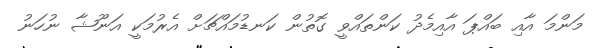
މަންމަ އާއި ބައްޕަ އާއިމެދު ކަންތައްވީ ގޮތުން ކަނޑުމައްޗަށް އެރުމަކީ އަނޫޝާ ނުހަނު